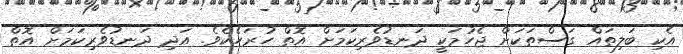
އެކި ބަލިތައް ގަސްތަކަށް ޖެހުމަކީ ދަނޑުވެރިކަމަށް އޮތް ހުރަހެެކެވެ. އަދި ދަނޑުވެރިކަމަށް އޮތް